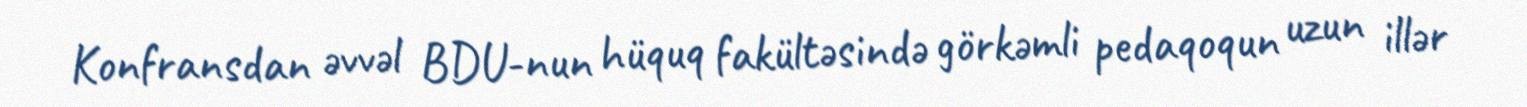
Konfransdan əvvəl BDU-nun hüquq fakültəsində görkəmli pedaqoqun uzun illər